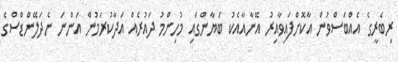
ރިބެރީގެ އެއްބަސްވުން އާކޮށްފައިވާއިރު އޭނާއާއެކު ބަޔާންގައި މުހިންމު ދައުރެއް އަދާކުރަމުން އަންނަ ނެދަލޭންޑްސްގެ